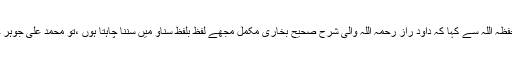
بابا جی جب زیادہ کمزور ہو گئے تو اپنے دوست بزرگ محمد علی جوہر حفظہ اللہ سے کہا کہ داود راز رحمہ اللہ والی شرح صحیح بخاری مکمل مجھے لفظ بلفظ سناو میں سننا چاہتا ہوں ،تو محمد علی جوہر حفظہ اللہ نے لفظ بلفظ ساری شرح صحیح بخاری باباجی کو پڑھ کر سنائی۔